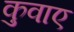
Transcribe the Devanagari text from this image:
कुवाए